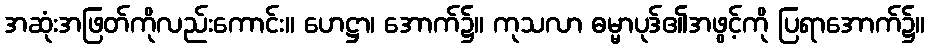
အဆုံးအဖြတ်ကိုလည်းကောင်း။ ဟေဋ္ဌာ၊ အောက်၌။ ကုသလာ ဓမ္မာပုဒ်၏အဖွင့်ကို ပြရာအောက်၌။